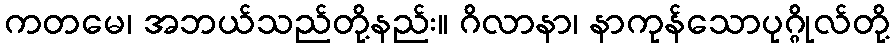
ကတမေ၊ အဘယ်သည်တို့နည်း။ ဂိလာနာ၊ နာကုန်သောပုဂ္ဂိုလ်တို့